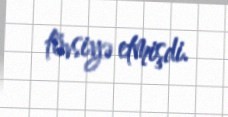
tövsiyə etmişdi.